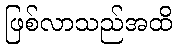
ဖြစ်လာသည်အထိ